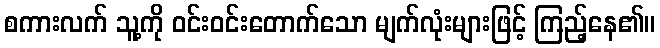
စကားလက် သူ့ကို ဝင်းဝင်းတောက်သော မျက်လုံးများဖြင့် ကြည့်နေ၏။